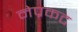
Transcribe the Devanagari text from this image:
नेप्रकट